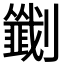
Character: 𫦟